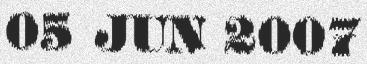
05 JUN 2007